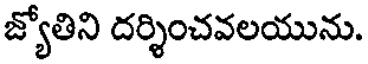
జ్యోతిని దర్శించవలయును.